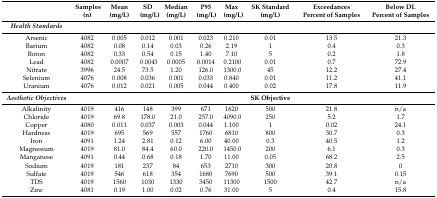
<table><thead><tr><td rowspan="2"></td><td><b>Samples</b></td><td><b>Mean</b></td><td><b>SD</b></td><td><b>Median</b></td><td><b>P95</b></td><td><b>Max</b></td><td><b>SK Standard</b></td><td><b>Exceedances</b></td><td><b>Below DL</b></td></tr><tr><td><b>(n)</b></td><td><b>(mg/L)</b></td><td><b>(mg/L)</b></td><td><b>(mg/L)</b></td><td><b>(mg/L)</b></td><td><b>(mg/L)</b></td><td><b>(mg/L)</b></td><td><b>Percent of Samples</b></td><td><b>Percent of Samples</b></td></tr></thead><tbody><tr><td><b><i>Health Standards</i></b></td><td colspan="9"></td></tr><tr><td>Arsenic</td><td>4082</td><td>0.005</td><td>0.012</td><td>0.001</td><td>0.023</td><td>0.210</td><td>0.01</td><td>13.5</td><td>21.3</td></tr><tr><td>Barium</td><td>4082</td><td>0.08</td><td>0.14</td><td>0.03</td><td>0.26</td><td>2.19</td><td>1</td><td>0.4</td><td>0.3</td></tr><tr><td>Boron</td><td>4082</td><td>0.33</td><td>0.54</td><td>0.15</td><td>1.40</td><td>7.10</td><td>5</td><td>0.2</td><td>1.8</td></tr><tr><td>Lead</td><td>4082</td><td>0.0007</td><td>0.0043</td><td>0.0005</td><td>0.0014</td><td>0.2100</td><td>0.01</td><td>0.7</td><td>72.9</td></tr><tr><td>Nitrate</td><td>3996</td><td>24.5</td><td>73.5</td><td>1.20</td><td>126.0</td><td>1300.0</td><td>45</td><td>12.2</td><td>27.4</td></tr><tr><td>Selenium</td><td>4076</td><td>0.008</td><td>0.036</td><td>0.001</td><td>0.033</td><td>0.840</td><td>0.01</td><td>11.2</td><td>41.1</td></tr><tr><td>Uranium</td><td>4076</td><td>0.012</td><td>0.021</td><td>0.005</td><td>0.044</td><td>0.400</td><td>0.02</td><td>17.8</td><td>11.9</td></tr><tr><td><b><i>Aesthetic Objectives</i></b></td><td></td><td></td><td></td><td></td><td></td><td></td><td><b>SK Objective</b></td><td></td><td></td></tr><tr><td>Alkalinity</td><td>4019</td><td>416</td><td>148</td><td>399</td><td>671</td><td>1620</td><td>500</td><td>21.8</td><td>n/a </td></tr><tr><td>Chloride</td><td>4019</td><td>69.8</td><td>178.0</td><td>21.0</td><td>257.0</td><td>4090.0</td><td>250</td><td>5.2</td><td>1.7</td></tr><tr><td>Copper</td><td>4080</td><td>0.011</td><td>0.037</td><td>0.003</td><td>0.044</td><td>1.100</td><td>1</td><td>0.02</td><td>24.1</td></tr><tr><td>Hardness</td><td>4019</td><td>695</td><td>569</td><td>557</td><td>1760</td><td>6810</td><td>800</td><td>30.7</td><td>0.3</td></tr><tr><td>Iron</td><td>4091</td><td>1.24</td><td>2.81</td><td>0.12</td><td>6.00</td><td>40.00</td><td>0.3</td><td>40.5</td><td>1.2</td></tr><tr><td>Magnesium</td><td>4019</td><td>81.0</td><td>84.4</td><td>60.0</td><td>220.0</td><td>1450.0</td><td>200</td><td>6.1</td><td>0.3</td></tr><tr><td>Manganese</td><td>4091</td><td>0.44</td><td>0.68</td><td>0.18</td><td>1.70</td><td>11.00</td><td>0.05</td><td>68.2</td><td>2.5</td></tr><tr><td>Sodium</td><td>4019</td><td>181</td><td>237</td><td>84</td><td>653</td><td>2710</td><td>300</td><td>20.8</td><td>0</td></tr><tr><td>Sulfate</td><td>4019</td><td>546</td><td>618</td><td>354</td><td>1680</td><td>7690</td><td>500</td><td>39.1</td><td>0.15</td></tr><tr><td>TDS </td><td>4019</td><td>1560</td><td>1030</td><td>1330</td><td>3450</td><td>11300</td><td>1500</td><td>42.7</td><td>n/a </td></tr><tr><td>Zinc</td><td>4081</td><td>0.19</td><td>1.00</td><td>0.02</td><td>0.76</td><td>31.00</td><td>5</td><td>0.4</td><td>15.8</td></tr></tbody></table>